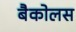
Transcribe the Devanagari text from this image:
बैकोलस